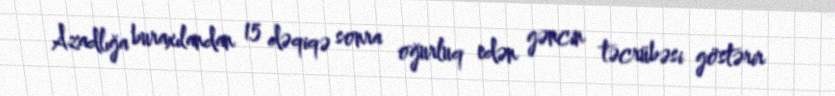
Azadlığa buraxılandan 15 dəqiqə sonra oğurluq edən gəncin təcrübəsi göstərir